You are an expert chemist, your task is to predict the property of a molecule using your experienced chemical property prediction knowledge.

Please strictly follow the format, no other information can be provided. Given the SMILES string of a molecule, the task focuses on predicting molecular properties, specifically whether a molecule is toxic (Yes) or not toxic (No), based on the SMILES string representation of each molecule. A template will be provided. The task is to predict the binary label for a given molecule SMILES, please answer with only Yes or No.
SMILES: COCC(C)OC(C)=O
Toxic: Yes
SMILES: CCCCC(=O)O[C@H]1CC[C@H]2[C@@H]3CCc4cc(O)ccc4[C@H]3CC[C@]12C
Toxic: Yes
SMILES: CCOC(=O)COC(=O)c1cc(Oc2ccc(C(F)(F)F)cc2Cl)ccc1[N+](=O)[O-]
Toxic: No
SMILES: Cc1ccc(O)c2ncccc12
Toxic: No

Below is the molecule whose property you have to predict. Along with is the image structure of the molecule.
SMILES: CCN(CC)CCOc1ccc(C(=C(Cl)c2ccccc2)c2ccccc2)cc1.O=C(O)CC(O)(CC(=O)O)C(=O)O
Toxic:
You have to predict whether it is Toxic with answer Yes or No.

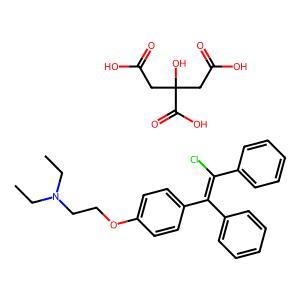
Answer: No